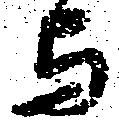
与